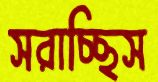
সরাচ্ছিস